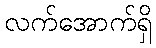
လက်အောက်ရှိ